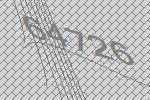
64726